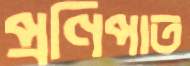
প্রণিপাত